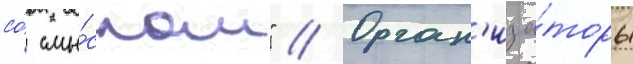
со́ смы́слом" // Орган'иза́торы